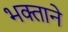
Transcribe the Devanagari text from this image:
भक्‍ताने